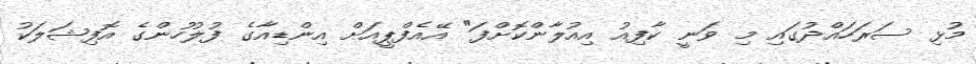
މުޅި ސަރަހައްދުގައި މި ވަނީ ކާފިއު އިއުލާންކޮށްފަ" އޭއެފްޕީއަށް އިންޑިއާގެ ފުލުހުންގެ އޮފިޝަލަކު